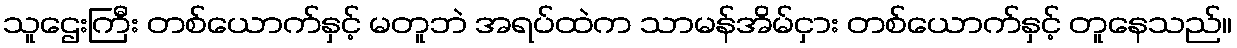
သူဌေးကြီး တစ်ယောက်နှင့် မတူဘဲ အရပ်ထဲက သာမန်အိမ်ငှား တစ်ယောက်နှင့် တူနေသည်။